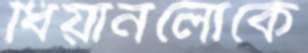
ধিয়ানলোকে